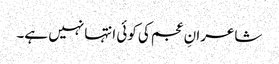
شاعرانِ عجم کی کوئی انتہا نہیں ہے۔